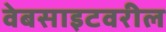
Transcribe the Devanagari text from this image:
वेबसाइटवरील